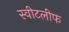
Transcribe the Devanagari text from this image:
स्वीटलीफ